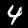
Digit: 4